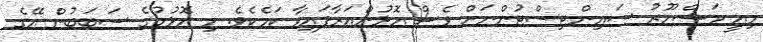
މިއީ މަޝްހޫރު ސައިންޓިސްޓުންނަށް ވެސް އޮޅުންއަރާފައިވާ ކަމެކެވެ. މި އޮޅުމުގެ ސަބަބުން އޭގެ